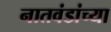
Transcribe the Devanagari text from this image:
नातवंडांच्या